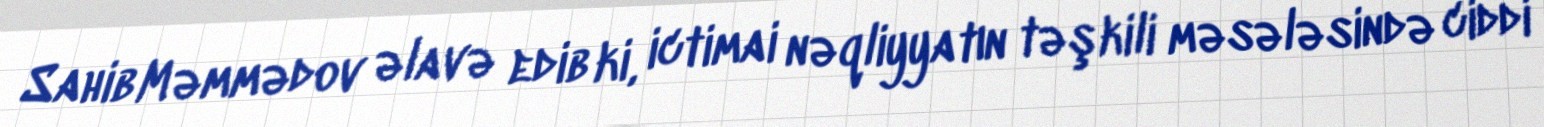
Sahib Məmmədov əlavə edib ki, ictimai nəqliyyatın təşkili məsələsində ciddi